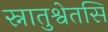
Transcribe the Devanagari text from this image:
स्नातुश्वेतसि